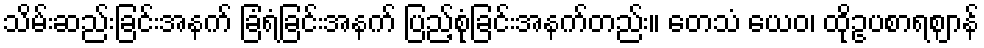
သိမ်းဆည်းခြင်းအနက် ခြံရံခြင်းအနက် ပြည့်စုံခြင်းအနက်တည်း။ တေသံ ယေဝ၊ ထိုဥပစာရဈာန်